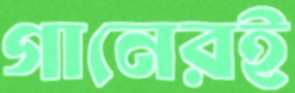
গানেরই